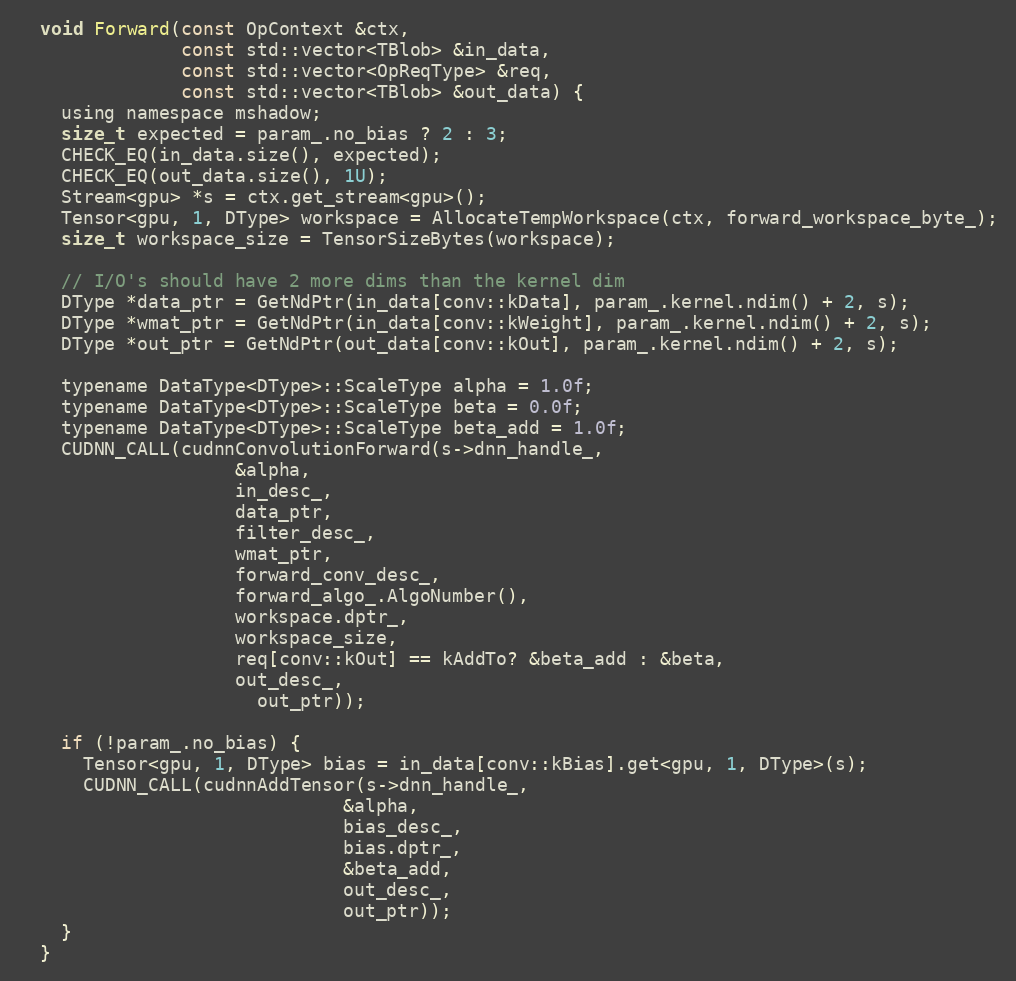
Language: C
  void Forward(const OpContext &ctx,
               const std::vector<TBlob> &in_data,
               const std::vector<OpReqType> &req,
               const std::vector<TBlob> &out_data) {
    using namespace mshadow;
    size_t expected = param_.no_bias ? 2 : 3;
    CHECK_EQ(in_data.size(), expected);
    CHECK_EQ(out_data.size(), 1U);
    Stream<gpu> *s = ctx.get_stream<gpu>();
    Tensor<gpu, 1, DType> workspace = AllocateTempWorkspace(ctx, forward_workspace_byte_);
    size_t workspace_size = TensorSizeBytes(workspace);

    // I/O's should have 2 more dims than the kernel dim
    DType *data_ptr = GetNdPtr(in_data[conv::kData], param_.kernel.ndim() + 2, s);
    DType *wmat_ptr = GetNdPtr(in_data[conv::kWeight], param_.kernel.ndim() + 2, s);
    DType *out_ptr = GetNdPtr(out_data[conv::kOut], param_.kernel.ndim() + 2, s);

    typename DataType<DType>::ScaleType alpha = 1.0f;
    typename DataType<DType>::ScaleType beta = 0.0f;
    typename DataType<DType>::ScaleType beta_add = 1.0f;
    CUDNN_CALL(cudnnConvolutionForward(s->dnn_handle_,
                    &alpha,
                    in_desc_,
                    data_ptr,
                    filter_desc_,
                    wmat_ptr,
                    forward_conv_desc_,
                    forward_algo_.AlgoNumber(),
                    workspace.dptr_,
                    workspace_size,
                    req[conv::kOut] == kAddTo? &beta_add : &beta,
                    out_desc_,
                      out_ptr));

    if (!param_.no_bias) {
      Tensor<gpu, 1, DType> bias = in_data[conv::kBias].get<gpu, 1, DType>(s);
      CUDNN_CALL(cudnnAddTensor(s->dnn_handle_,
                              &alpha,
                              bias_desc_,
                              bias.dptr_,
                              &beta_add,
                              out_desc_,
                              out_ptr));
    }
  }